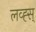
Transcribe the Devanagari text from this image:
लव्ह्स्